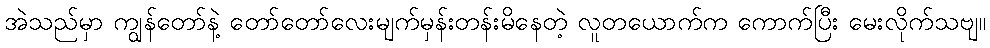
အဲသည်မှာ ကျွန်တော်နဲ့ တော်တော်လေးမျက်မှန်းတန်းမိနေတဲ့ လူတယောက်က ကောက်ပြီး မေးလိုက်သဗျ။